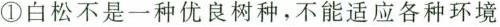
① 白松不是一种优良树种，不能适应各种环境